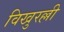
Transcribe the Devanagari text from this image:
विखुरल्ली